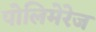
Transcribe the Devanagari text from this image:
पोलिमेरेज